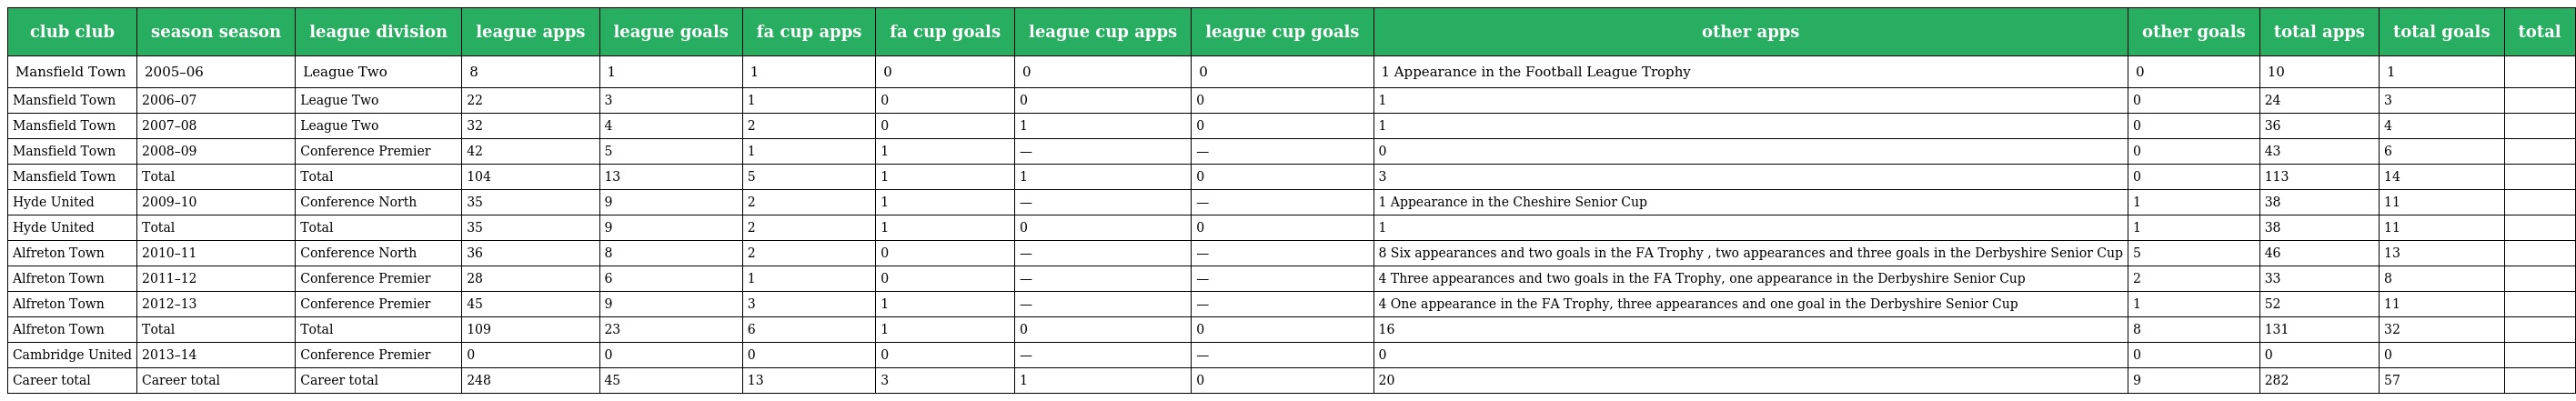
| club club | season season | league division | league apps | league goals | fa cup apps | fa cup goals | league cup apps | league cup goals | other apps | other goals | total apps | total goals | total |
 | --- | --- | --- | --- | --- | --- | --- | --- | --- | --- | --- | --- | --- | --- |
 | Mansfield Town | 2005–06 | League Two | 8 | 1 | 1 | 0 | 0 | 0 | 1 Appearance in the Football League Trophy | 0 | 10 | 1 |  |
 | Mansfield Town | 2006–07 | League Two | 22 | 3 | 1 | 0 | 0 | 0 | 1 | 0 | 24 | 3 |  |
 | Mansfield Town | 2007–08 | League Two | 32 | 4 | 2 | 0 | 1 | 0 | 1 | 0 | 36 | 4 |  |
 | Mansfield Town | 2008–09 | Conference Premier | 42 | 5 | 1 | 1 | — | — | 0 | 0 | 43 | 6 |  |
 | Mansfield Town | Total | Total | 104 | 13 | 5 | 1 | 1 | 0 | 3 | 0 | 113 | 14 |  |
 | Hyde United | 2009–10 | Conference North | 35 | 9 | 2 | 1 | — | — | 1 Appearance in the Cheshire Senior Cup | 1 | 38 | 11 |  |
 | Hyde United | Total | Total | 35 | 9 | 2 | 1 | 0 | 0 | 1 | 1 | 38 | 11 |  |
 | Alfreton Town | 2010–11 | Conference North | 36 | 8 | 2 | 0 | — | — | 8 Six appearances and two goals in the FA Trophy , two appearances and three goals in the Derbyshire Senior Cup | 5 | 46 | 13 |  |
 | Alfreton Town | 2011–12 | Conference Premier | 28 | 6 | 1 | 0 | — | — | 4 Three appearances and two goals in the FA Trophy, one appearance in the Derbyshire Senior Cup | 2 | 33 | 8 |  |
 | Alfreton Town | 2012–13 | Conference Premier | 45 | 9 | 3 | 1 | — | — | 4 One appearance in the FA Trophy, three appearances and one goal in the Derbyshire Senior Cup | 1 | 52 | 11 |  |
 | Alfreton Town | Total | Total | 109 | 23 | 6 | 1 | 0 | 0 | 16 | 8 | 131 | 32 |  |
 | Cambridge United | 2013–14 | Conference Premier | 0 | 0 | 0 | 0 | — | — | 0 | 0 | 0 | 0 |  |
 | Career total | Career total | Career total | 248 | 45 | 13 | 3 | 1 | 0 | 20 | 9 | 282 | 57 |  |